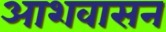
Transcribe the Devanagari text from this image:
आशवासन